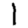
Digit: 1